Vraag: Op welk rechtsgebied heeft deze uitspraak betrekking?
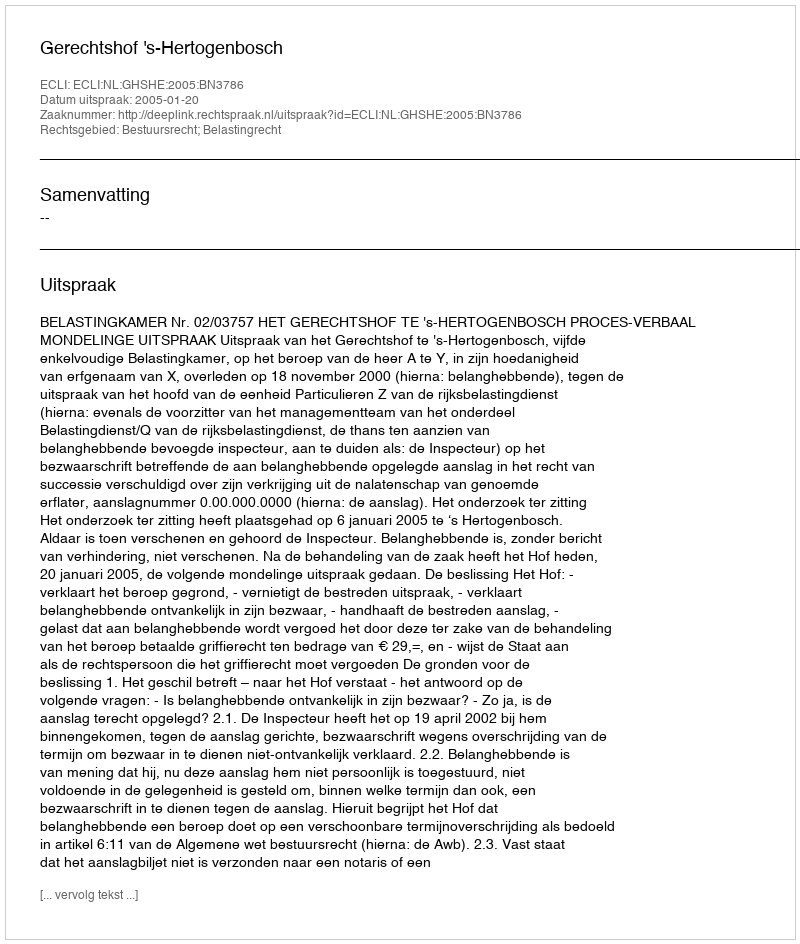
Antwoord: Bestuursrecht; Belastingrecht